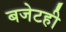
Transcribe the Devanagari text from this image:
बजेटही